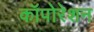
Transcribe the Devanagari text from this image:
कॉपोरेशन